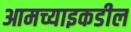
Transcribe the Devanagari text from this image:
आमच्याइकडील